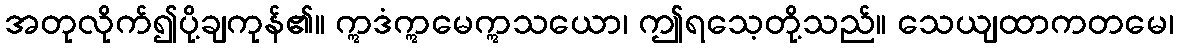
အတုလိုက်၍ပို့ချကုန်၏။ ဣဒံဣမေဣသယော၊ ဤရသေ့တို့သည်။ သေယျထာကတမေ၊